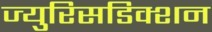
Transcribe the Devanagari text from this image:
ज्युरिसडिक्शन